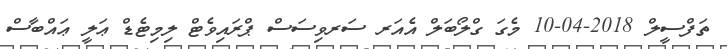
ތަފްސީލް 2018-04-10 މެގަ ގްލޯބަލް އެއަރ ސަރވިސަސް ޕްރައިވެޓް ލިމިޓެޑް ޢަލީ ޢައްބާސް